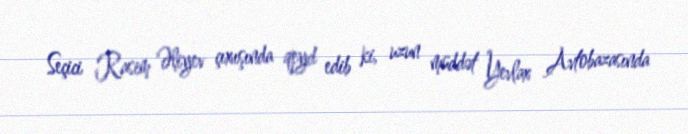
Seçici Rasim Əliyev çıxışında qeyd edib ki, uzun müddət Yevlax Avtobazasında